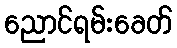
ညောင်ရမ်းခေတ်